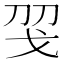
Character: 𢦝